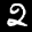
Label: 2